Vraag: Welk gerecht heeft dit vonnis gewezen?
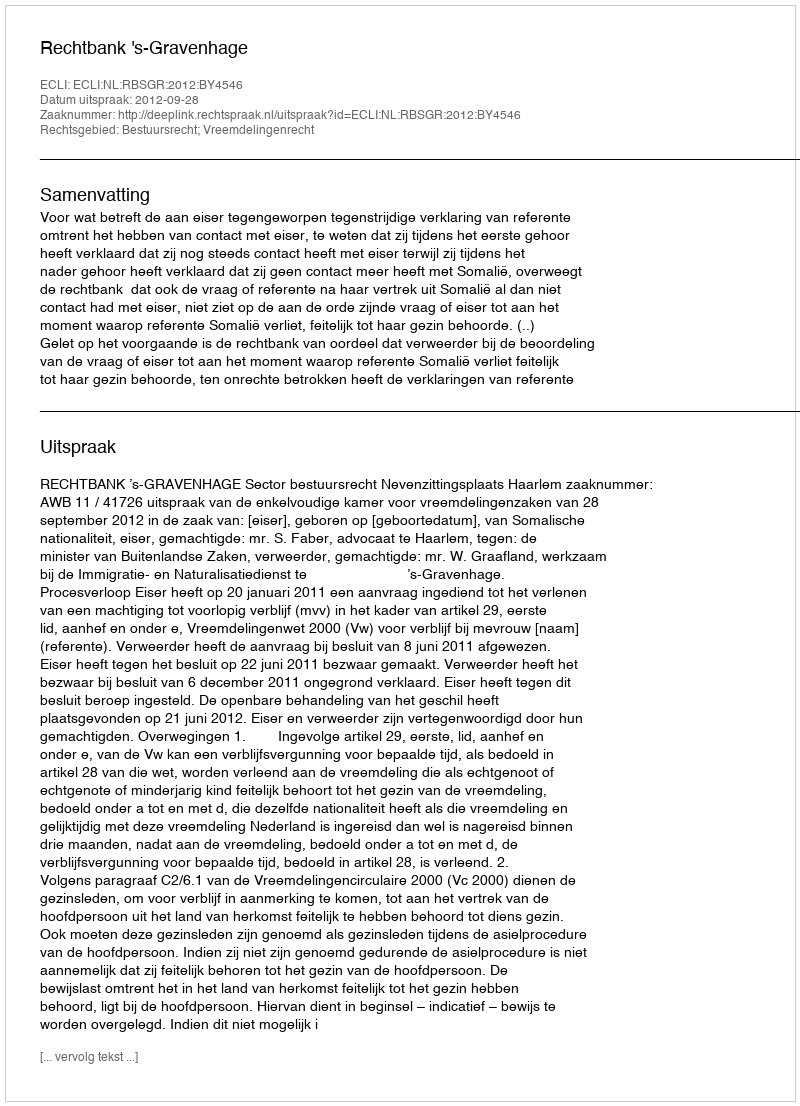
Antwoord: Rechtbank 's-Gravenhage